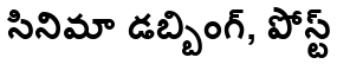
సినిమా డబ్బింగ్, పోస్ట్